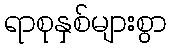
ရာစုနှစ်များစွာ